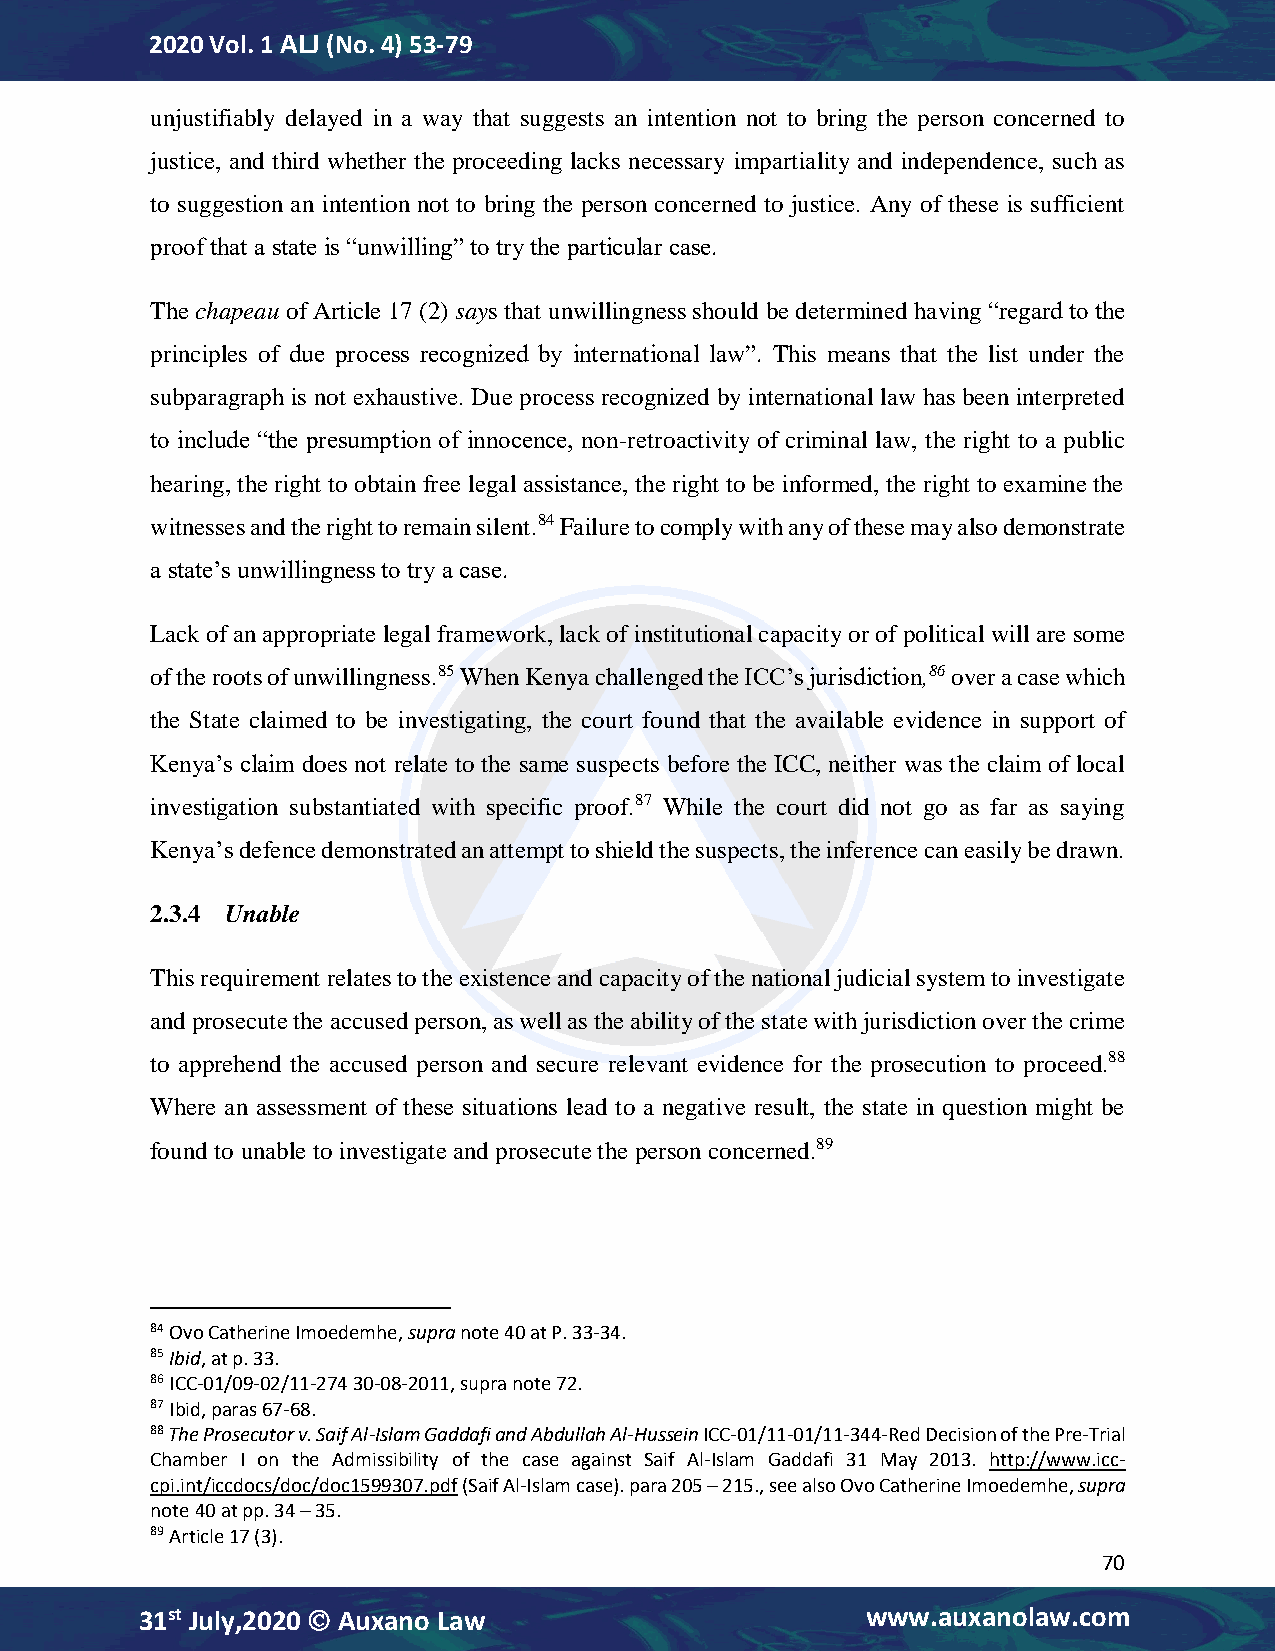
2020 Vol. 1 ALJ (No. 4) 53-79
 unjustifiably delayed in a way that suggests an intention not to bring the person concerned to
 justice, and third whether the proceeding lacks necessary impartiality and independence, such as
 to suggestion an intention not to bring the person concerned to justice. Any of these is sufficient
 proof that a state is “unwilling” to try the particular case.
 The chapeau of Article 17 (2) says that unwillingness should be determined having “regard to the
 principles of due process recognized by international law”. This means that the list under the
 subparagraph is not exhaustive. Due process recognized by international law has been interpreted
 to include “the presumption of innocence, non-retroactivity of criminal law, the right to a public
 hearing, the right to obtain free legal assistance, the right to be informed, the right to examine the
 witnesses and the right to remain silent.84 Failure to comply with any of these may also demonstrate
 a state’s unwillingness to try a case.
 Lack of an appropriate legal framework, lack of institutional capacity or of political will are some
 of the roots of unwillingness.85 When Kenya challenged the ICC’s jurisdiction,86 over a case which
 the State claimed to be investigating, the court found that the available evidence in support of
 Kenya’s claim does not relate to the same suspects before the ICC, neither was the claim of local
 investigation substantiated with specific proof.87 While the court did not go as far as saying
 Kenya’s defence demonstrated an attempt to shield the suspects, the inference can easily be drawn.
 2.3.4 Unable
 This requirement relates to the existence and capacity of the national judicial system to investigate
 and prosecute the accused person, as well as the ability of the state with jurisdiction over the crime
 to apprehend the accused person and secure relevant evidence for the prosecution to proceed.88
 Where an assessment of these situations lead to a negative result, the state in question might be
 found to unable to investigate and prosecute the person concerned.89
 84 Ovo Catherine Imoedemhe, supra note 40 at P. 33-34.
 85 Ibid, at p. 33.
 86 ICC-01/09-02/11-274 30-08-2011, supra note 72.
 87 Ibid, paras 67-68.
 88 The Prosecutor v. Saif Al-Islam Gaddafi and Abdullah Al-Hussein ICC-01/11-01/11-344-Red Decision of the Pre-Trial
 Chamber I on the Admissibility of the case against Saif Al-Islam Gaddafi 31 May 2013. http://www.icc-
 cpi.int/iccdocs/doc/doc1599307.pdf (Saif Al-Islam case). para 205 – 215., see also Ovo Catherine Imoedemhe, supra
 note 40 at pp. 34 – 35.
 89 Article 17 (3).
 70
 31st July,2020  Auxano Law                     www.auxanolaw.com